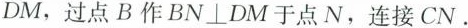
DM，过点B作BN\perp DM于点N，连接CN。